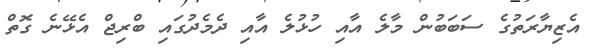
އެޒިޔާރަތުގެ ސަބަބުން މާލެ އާއި ހުޅުލެ އާއި ދެމެދުގައި ބްރިޖް އެޅޭނެ ގޮތް